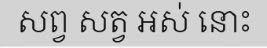
សព្វ សត្វ អស់ នោះ